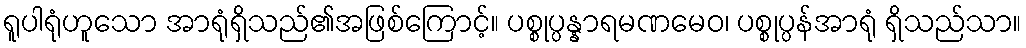
ရူပါရုံဟူသော အာရုံရှိသည်၏အဖြစ်ကြောင့်။ ပစ္စုပ္ပန္နာရမဏမေဝ၊ ပစ္စုပ္ပန်အာရုံ ရှိသည်သာ။